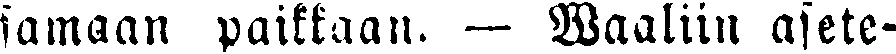
samaan paikkaan. — Waaliin asete-